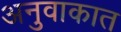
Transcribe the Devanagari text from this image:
अनुवाकात